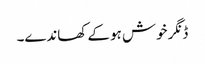
ڈنگر خوش ہو کے کھاندے۔